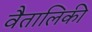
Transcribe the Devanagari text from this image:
वैतालिकी